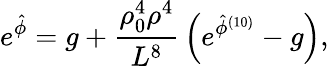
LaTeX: {e^{\hat{\phi}}=g+{\frac{\rho_{0}^{4}\rho^{4}}{L^{8}}}\left(e^{\hat{\phi}^{(10)}}-g\right),}